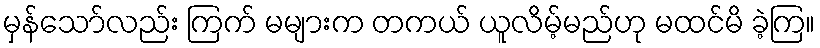
မှန်သော်လည်း ကြက် မများက တကယ် ယူလိမ့်မည်ဟု မထင်မိ ခဲ့ကြ။